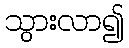
သွားလာ၍